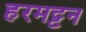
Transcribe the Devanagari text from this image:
हरमट्टन